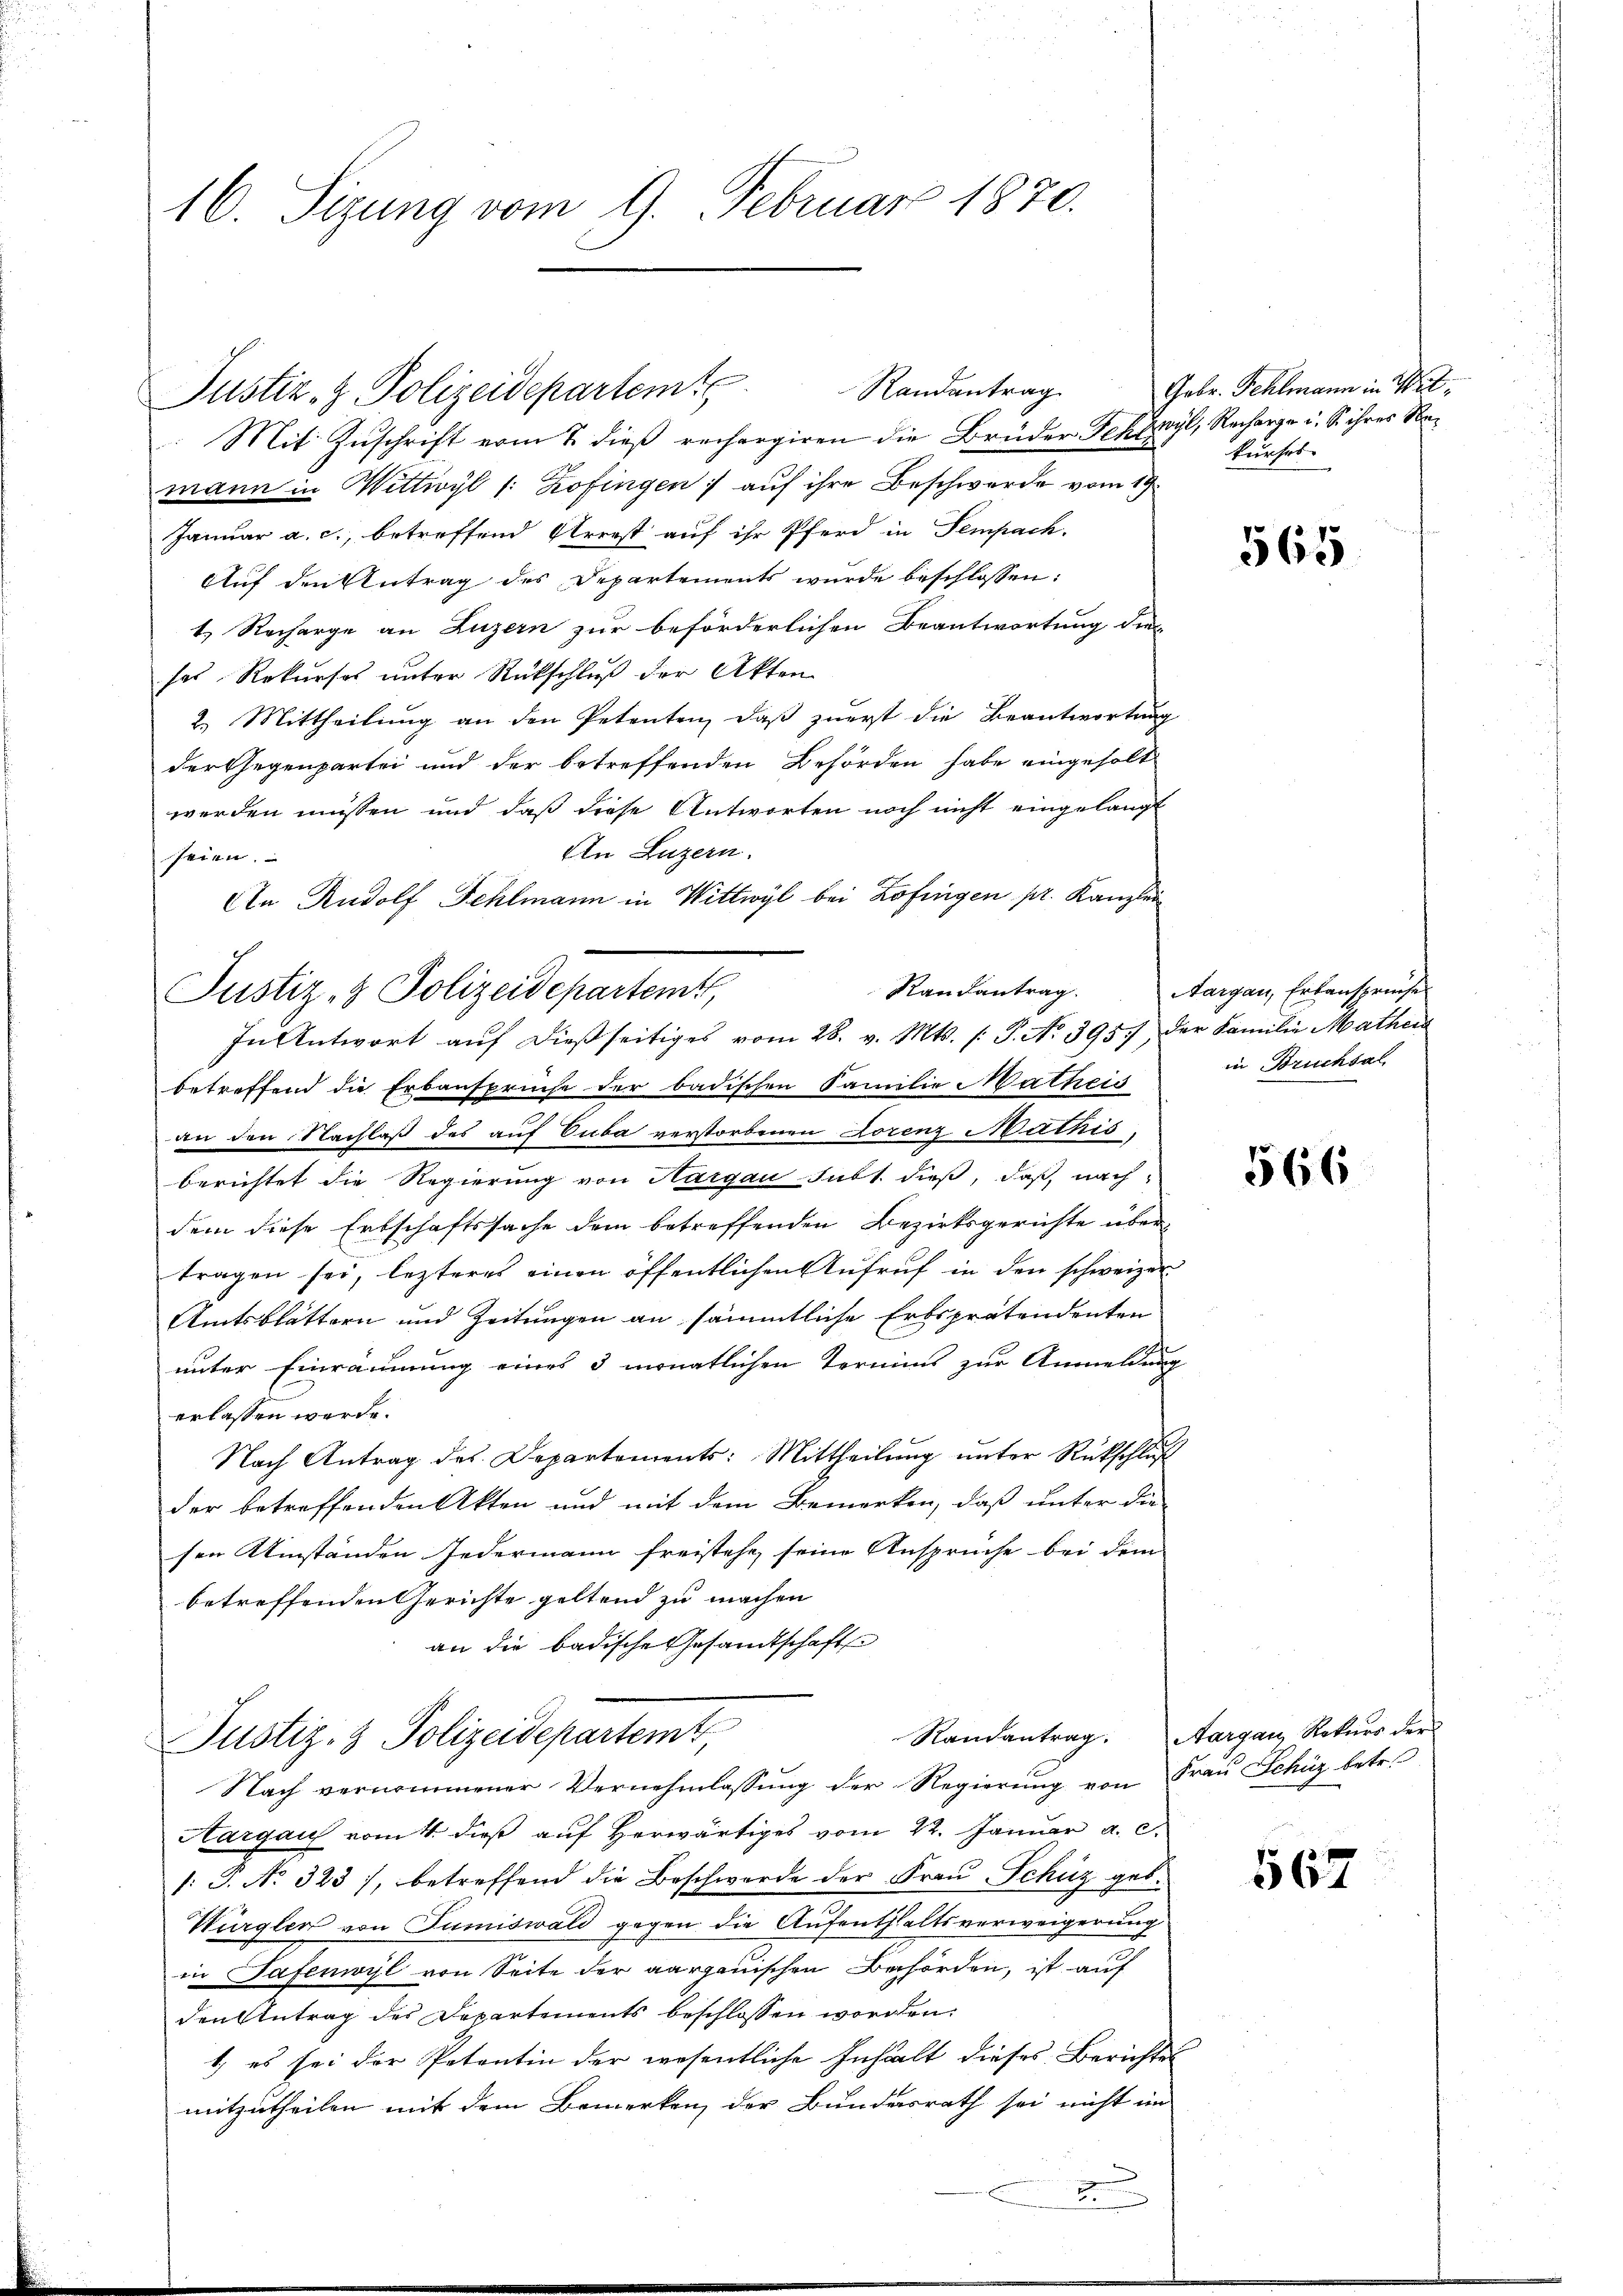
mann in Wittwyl 1: Zofingen :/ auf ihre Beschwerde vom 19.
Januar a. c., betreffend Arrest auf ihr Pferd in Sempach.
Auf den Antrag des Departements wurde beschlossen:
1. Recharge an Luzern zur beförderlichen Beantwortung die-
ses Rekurses unter Rückschluß der Akten
2. Mittheilŭng an den Petenten, daβ zŭerst die Beantwortŭng
der Gegenpartei und der betreffenden Behörden habe eingeholt
werden müssen und daß diese Antworten noch nicht eingelangt
An Luzern.
seien.
An Rudolf Fehlmann in Wittwyl bei Zofingen pr. Kanzlei

16. Sizung vom 9. Februar 1870.

Justiz- & Polizeidepartemt Randantrag
Mit Zŭschrift vom 2. dieß rechargiren die Brüder Tektwyl, Recharge u. S. ihres Ra¬

Justiz- & Polizeidepartemt,
In Antwort aŭf dießseitiges vom 28. v. Mts. /: P. No 395 der Familie Mathen

betreffend die Erbansprüche der badischen Familie Matheis
an den Nachlaß des auf Cuba verstorbenen Lorenz Mathis
berichtet die Regierung von Hargau subt. dieß, daß, nach
dem diese Erbschaftssache dem betreffenden Bezirksgerichte übertragen sei, lezteres einen öffentlichen Aŭfrŭf in den schweizer
Amtsblättern und Zeitungen an sämmtliche Erbsprätendenten
unter Einräumung eines 3 monatlichen Termins zur Anmeldung
erlassen werde.
Nach Antrag des Departements: Mittheilung unter Rückschluß
der betreffenden Akten und mit dem Bemerken, daß unter die
sen Umständen Jedermann freistehe, seine Ansprüche bei dem
betreffenden Gerichte geltend zu machen
an die badische Gesandtschaft

Randantrag.
Justiz- & Polizeidepartemt,
Nach vernommener Vernehmlassung der Regierung von Frau Schüz betr.

Aargau vom 4. dieβ aŭf herwärtiges vom 22. Janŭar a. c.
1: P. No. 323), betreffend die Beschwerde der Frau Schuz geb.
Würgler von Tumiswald gegen die Aufenthaltsverweigerung
in Safenwyl von Seite der aargauischen Behörden, ist auf
den Antrag des Departements beschlossen worden.
1.) es sei der Petentin der wesentliche Inhalt dieses Berichtes
mitzutheilen mit dem Bemerken der Bundesrath sei nicht im
2

Gebr. Fehlmann in Witkurfes

565

Randantrag. Aargau, Erbansprüche
in Brucksal

566

Aargau, Rekurs der

567